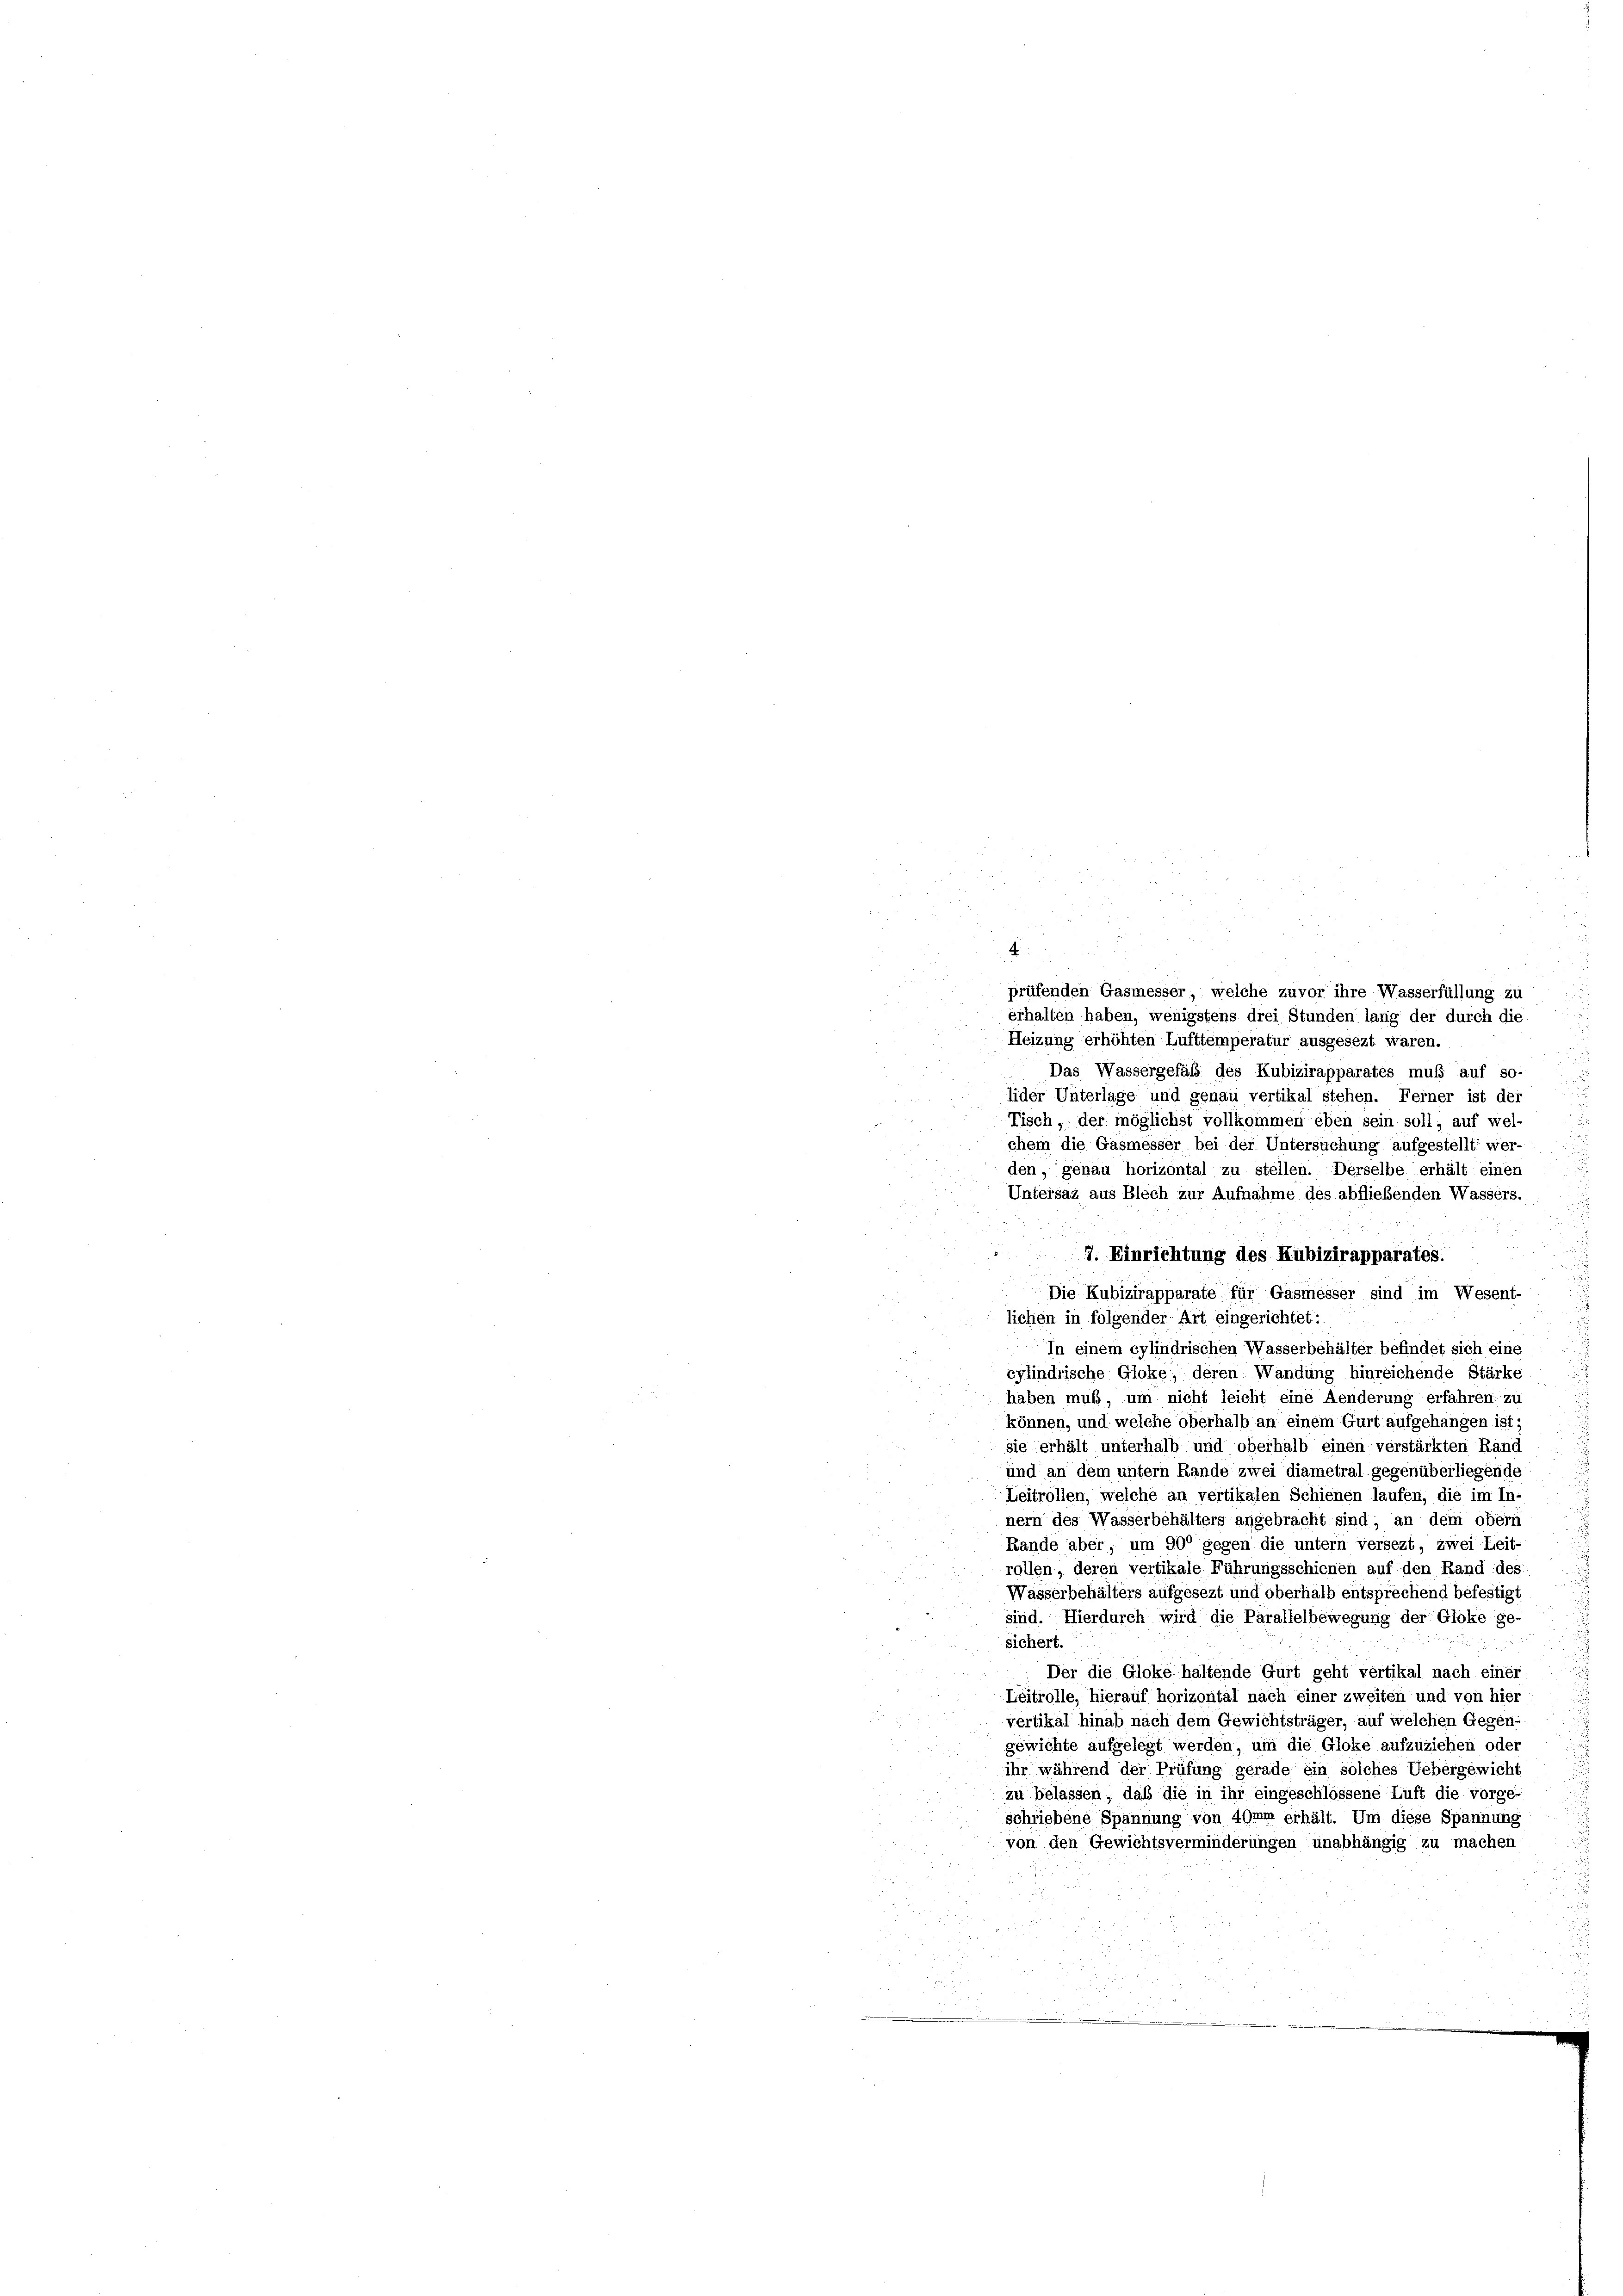
prüfenden Gasmesser, welche zuvor ihre Wasserfüllung zu

erhalten haben, wenigstens drei Stunden lang der durch die
Heizung erhöhten Lufttemperatur ausgesezt waren.
Das Wassergefäß des Kubizirapparates muß auf so-
lider Unterlage und genau vertikal stehen. Ferner ist der
Tisch, der möglichst vollkommen eben sein soll, auf wel-
chem die Gasmesser bei der Untersuchung aufgestellt wer-
den, genau horizontal zu stellen. Derselbe erhält einen
Untersaz aus Blech zur Aufnahme des abfließenden Wassers.
7.
1
7. Einrichtung des Kubizirapparates.
Die Kubizirapparate für Gasmesser sind im Wesent-
lichen in folgender Art eingerichtet:
In einem cylindrischen Wasserbehälter befindet sich eine
cylindrische Gloke, deren Wandung hinreichende Stärke
haben muß, um nicht leicht eine Aenderung erfahren zu
können, und welche oberhalb an einem Gurt aufgehangen ist;
sie erhält unterhalb und oberhalb einen verstärkten Rand
und an dem untern Rande zwei diametral gegenüberliegende
Leitrollen, welche an vertikalen Schienen laufen, die im In-
nern des Wasserbehälters angebracht sind, an dem obern
Rande aber um 900 gegen die untern versezt, zwei Leit-
rollen, deren vertikale Führungsschienen auf den Rand des
Wasserbehälters aufgesezt und oberhalb entsprechend befestigt
sind. Hierdurch wird die Parallelbewegung der Gloke ge-
sichert.
Der die Gloke haltende Gurt geht vertikal nach einer
Leitrolle, hierauf horizontal nach einer zweiten und von hier
vertikal hinab nach dem Gewichtsträger, auf welchen Gegen-
gewichte aufgelegt werden, um die Gloke aufzuziehen oder
ihr während der Prüfung gerade ein solches Uebergewicht
zu belassen; daß die in ihr eingeschlossene Luft die vorge-
schriebene Spannung von 40mm erhält. Um diese Spannung
von den Gewichtsverminderungen unabhängig zu machen